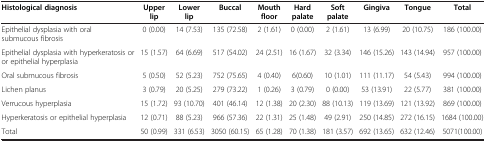
<table><thead><tr><td><b>Histological diagnosis</b></td><td><b>Upper lip</b></td><td><b>Lower lip</b></td><td><b>Buccal</b></td><td><b>Mouth floor</b></td><td><b>Hard palate</b></td><td><b>Soft palate</b></td><td><b>Gingiva</b></td><td><b>Tongue</b></td><td><b>Total</b></td></tr></thead><tbody><tr><td>Epithelial dysplasia with oral submucous fibrosis</td><td>0 (0.00)</td><td>14 (7.53)</td><td>135 (72.58)</td><td>2 (1.61)</td><td>0 (0.00)</td><td>2 (1.61)</td><td>13 (6.99)</td><td>20 (10.75)</td><td>186 (100.00)</td></tr><tr><td>Epithelial dysplasia with hyperkeratosis or or epithelial hyperplasia</td><td>15 (1.57)</td><td>64 (6.69)</td><td>517 (54.02)</td><td>24 (2.51)</td><td>16 (1.67)</td><td>32 (3.34)</td><td>146 (15.26)</td><td>143 (14.94)</td><td>957 (100.00)</td></tr><tr><td>Oral submucous fibrosis</td><td>5 (0.50)</td><td>52 (5.23)</td><td>752 (75.65)</td><td>4 (0.40)</td><td>6(0.60)</td><td>10 (1.01)</td><td>111 (11.17)</td><td>54 (5.43)</td><td>994 (100.00)</td></tr><tr><td>Lichen planus</td><td>3 (0.79)</td><td>20 (5.25)</td><td>279 (73.22)</td><td>1 (0.26)</td><td>3 (0.79)</td><td>0 (0.00)</td><td>53 (13.91)</td><td>22 (5.77)</td><td>381 (100.00)</td></tr><tr><td>Verrucous hyperplasia</td><td>15 (1.72)</td><td>93 (10.70)</td><td>401 (46.14)</td><td>12 (1.38)</td><td>20 (2.30)</td><td>88 (10.13)</td><td>119 (13.69)</td><td>121 (13.92)</td><td>869 (100.00)</td></tr><tr><td>Hyperkeratosis or epithelial hyperplasia</td><td>12 (0.71)</td><td>88 (5.23)</td><td>966 (57.36)</td><td>22 (1.31)</td><td>25 (1.48)</td><td>49 (2.91)</td><td>250 (14.85)</td><td>272 (16.15)</td><td>1684 (100.00)</td></tr><tr><td>Total</td><td>50 (0.99)</td><td>331 (6.53)</td><td>3050 (60.15)</td><td>65 (1.28)</td><td>70 (1.38)</td><td>181 (3.57)</td><td>692 (13.65)</td><td>632 (12.46)</td><td>5071(100.00)</td></tr></tbody></table>